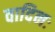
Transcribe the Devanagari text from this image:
वादिनः